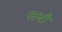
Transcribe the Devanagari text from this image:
जबाँ